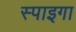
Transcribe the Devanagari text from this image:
स्पाइगा